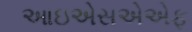
આઇએસએએફ